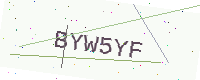
Text: BYW5YF